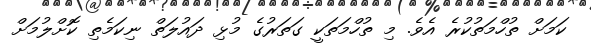
ކަމަށް ތުހްމަތުކުރެ އެވެ. މި ތުހްމަތަކީ ގަތަރުގެ މުޅި ދައުލަތް ނިކަމެތި ކޮށްލުމަށް